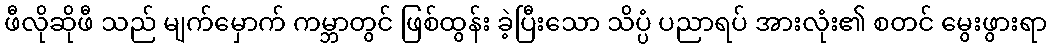
ဖီလိုဆိုဖီ သည် မျက်မှောက် ကမ္ဘာတွင် ဖြစ်ထွန်း ခဲ့ပြီးသော သိပ္ပံ ပညာရပ် အားလုံး၏ စတင် မွေးဖွားရာ